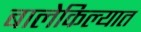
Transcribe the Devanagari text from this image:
बालेकिल्यात